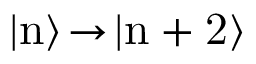
\ensuremath { \left| { \mathrm { n } } \right\rangle } \! \rightarrow \! \ensuremath { \left| { \mathrm { n + 2 } } \right\rangle }